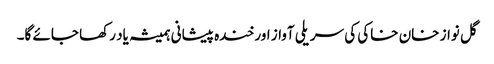
گل نواز خان خاکی کی سریلی آواز اور خندہ پیشانی ہمیشہ یاد رکھا جائے گا۔